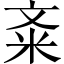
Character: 㪰